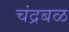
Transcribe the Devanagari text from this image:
चंद्रबळ